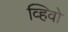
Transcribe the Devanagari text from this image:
व्हिवो